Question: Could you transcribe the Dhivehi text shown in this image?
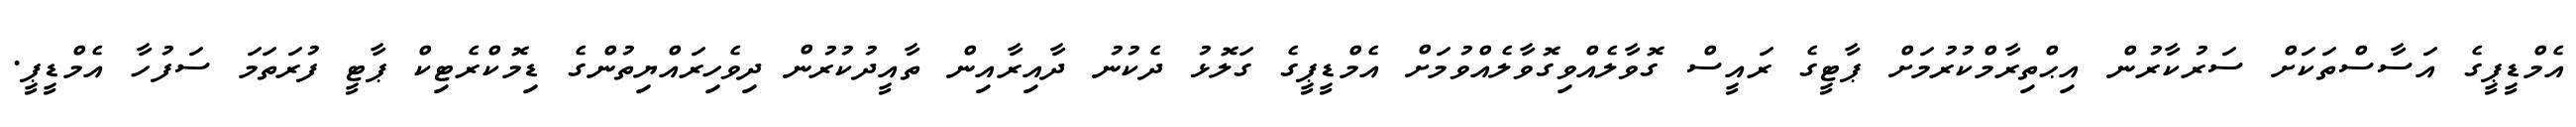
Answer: އެމްޑީޕީގެ އަސާސްތަކަށް ސަރުކާރުން އިޙްތިރާމްކުރުމަށް ޕާޓީގެ ރައީސް ގޮވާލެއްވިގޮވާލެއްވުމަށް އެމްޑީޕީގެ ގަލޮޅު ދެކުނު ދާއިރާއިން ތާއީދުކުރުން ދިވެހިރައްޔިތުންގެ ޑިމޮކްރެޓިކް ޕާޓީ ފުރަތަމަ ސަފުހާ އެމްޑީޕީ.